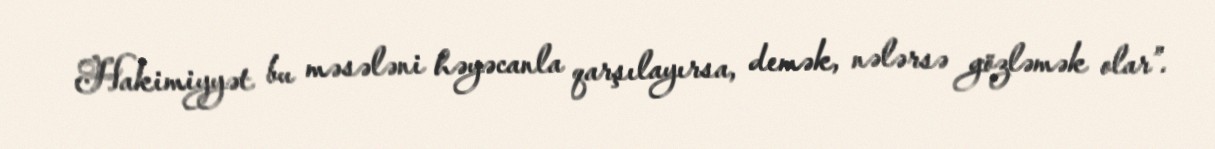
Hakimiyyət bu məsələni həyəcanla qarşılayırsa, demək, nələrsə gözləmək olar”.